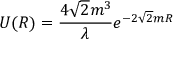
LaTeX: U ( R ) = { \frac { 4 \sqrt { 2 } m ^ { 3 } } { \lambda } } e ^ { - 2 \sqrt { 2 } m R }